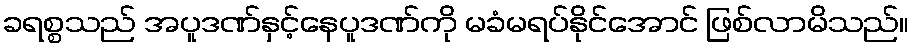
ခရစ္စသည် အပူဒဏ်နှင့်နေပူဒဏ်ကို မခံမရပ်နိုင်အောင် ဖြစ်လာမိသည်။